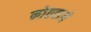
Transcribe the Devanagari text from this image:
नोतवाने